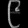
Digit: ၉